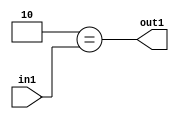
`timescale 1ps / 1ps
/*****************************************************************************
    Verilog RTL Description
    
    
    Created by: Stratus DpOpt 2019.1.01 
*******************************************************************************/

module feature_write_addr_gen_Eqi2u3_4_0 (
	in1,
	out1
	); /* architecture "behavioural" */ 
input [2:0] in1;
output  out1;
wire  asc001;

assign asc001 = (8'B00000010==in1);

assign out1 = asc001;
endmodule

/* CADENCE  urjxTQ0= : u9/ySgnWtBlWxVPRXgAZ4Og= ** DO NOT EDIT THIS LINE ******/